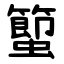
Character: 蠞